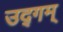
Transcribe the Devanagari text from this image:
उद्गम्